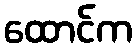
ထောင်က